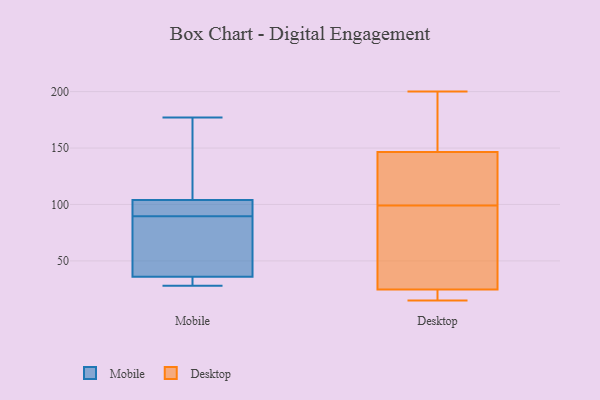
{"axis": {"x": "Population (Million)", "y": "Value"}, "legend": ["Desktop", "Mobile"], "data": [{"x": "", "y": 100, "type": "Mobile"}, {"x": "", "y": 36, "type": "Mobile"}, {"x": "", "y": 28, "type": "Mobile"}, {"x": "", "y": 104, "type": "Mobile"}, {"x": "", "y": 177, "type": "Mobile"}, {"x": "", "y": 84, "type": "Mobile"}, {"x": "", "y": 150, "type": "Mobile"}, {"x": "", "y": 84, "type": "Mobile"}, {"x": "", "y": 95, "type": "Mobile"}, {"x": "", "y": 28, "type": "Mobile"}, {"x": "", "y": 105, "type": "Desktop"}, {"x": "", "y": 15, "type": "Desktop"}, {"x": "", "y": 79, "type": "Desktop"}, {"x": "", "y": 26, "type": "Desktop"}, {"x": "", "y": 127, "type": "Desktop"}, {"x": "", "y": 144, "type": "Desktop"}, {"x": "", "y": 186, "type": "Desktop"}, {"x": "", "y": 154, "type": "Desktop"}, {"x": "", "y": 200, "type": "Desktop"}, {"x": "", "y": 18, "type": "Desktop"}, {"x": "", "y": 21, "type": "Desktop"}, {"x": "", "y": 99, "type": "Desktop"}, {"x": "", "y": 87, "type": "Desktop"}]}